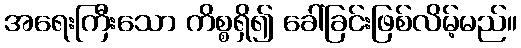
အရေးကြီးသော ကိစ္စရှိ၍ ခေါ်ခြင်းဖြစ်လိမ့်မည်။